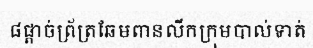
៨ផ្តាច់ព្រ័ត្រឆែមពានលីកក្រុមបាល់ទាត់